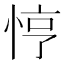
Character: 悙